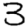
Digit: 3